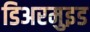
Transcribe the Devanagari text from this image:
डिअरमुइड